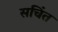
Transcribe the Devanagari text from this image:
सचिंत